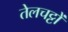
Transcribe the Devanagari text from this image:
तेलचट्टों